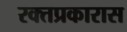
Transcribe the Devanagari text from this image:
रक्तप्रकारास